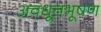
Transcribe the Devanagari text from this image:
अवधूतभूषण